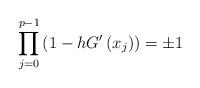
LaTeX: \begin{align*}{\displaystyle\prod\limits_{j=0}^{p-1}}\left( 1-hG^{\prime}\left( x_{j}\right) \right) =\pm1\end{align*}